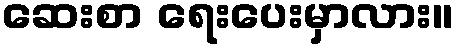
ဆေးစာ ရေးပေးမှာလား။